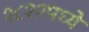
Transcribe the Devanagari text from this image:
१८११मध्ये